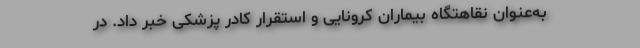
به‌عنوان نقاهتگاه بیماران کرونایی و استقرار کادر پزشکی خبر داد. در